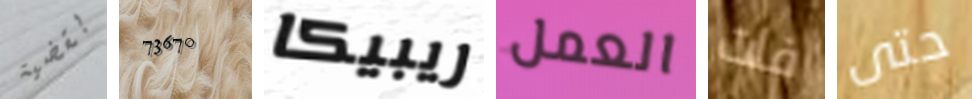
بقضية 73670 ريبيكا العمل فات حتى